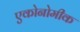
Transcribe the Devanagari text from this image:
एकोनोमीक